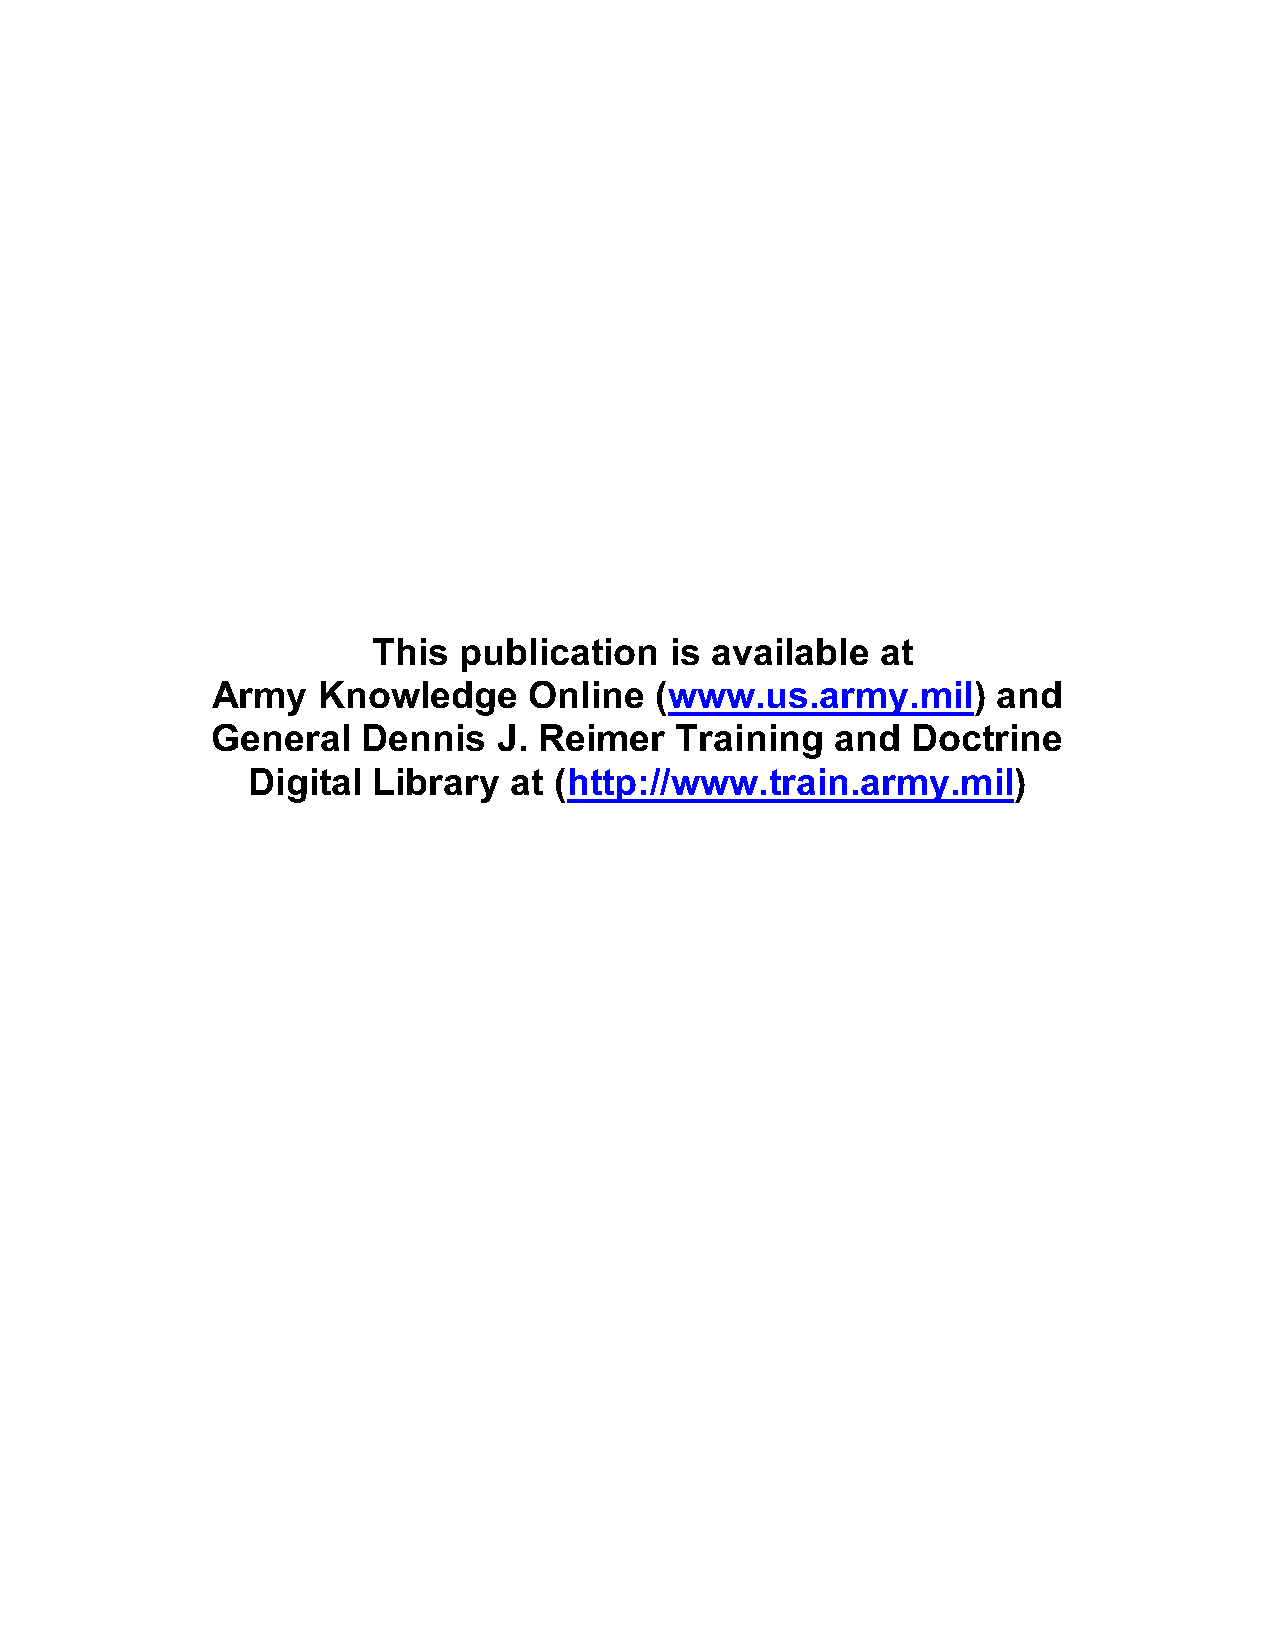
This publication   is available  at
 Army   Knowledge     Online  (www.us.army.mil)      and
 General   Dennis   J. Reimer   Training  and  Doctrine
 Digital  Library  at (http://www.train.army.mil)